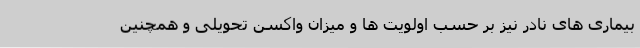
بیماری های نادر نیز بر حسب اولویت ها و میزان واکسن تحویلی و همچنین